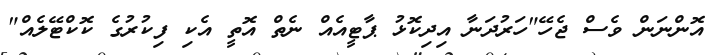
އޮންނަން ވެސް ޖެހޭ"ހަރުދަނާ އިދިކޮޅު ޕާޓީއެއް ނެތް އޮތީ އެކި ފިކުރުގެ ކޮކްޓޭލެއް"